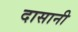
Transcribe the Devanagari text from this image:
दासानी